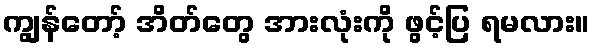
ကျွန်တော့် အိတ်တွေ အားလုံးကို ဖွင့်ပြ ရမလား။